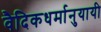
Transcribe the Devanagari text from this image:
वैदिकधर्मानुयायी